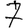
Digit: 7